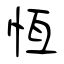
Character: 恆